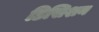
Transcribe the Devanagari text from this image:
डिसिशन